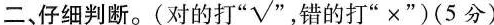
二、仔细判断。(对的打”√”，错的打”×”)(5分)